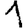
Digit: 1